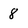
Character: 8